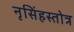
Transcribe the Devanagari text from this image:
नृसिंहस्तोत्र